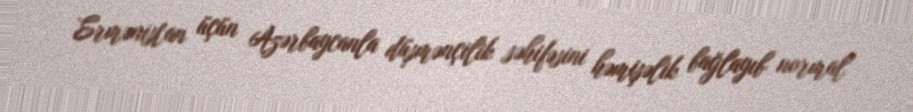
Ermənistan üçün Azərbaycanla düşmənçilik səhifəsini həmişəlik bağlayıb normal